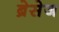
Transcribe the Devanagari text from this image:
ब्रेसेज